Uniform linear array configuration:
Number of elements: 4
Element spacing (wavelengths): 0.25
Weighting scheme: hann
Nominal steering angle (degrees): -45
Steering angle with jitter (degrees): -43.64
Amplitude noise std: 0.05
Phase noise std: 0.05

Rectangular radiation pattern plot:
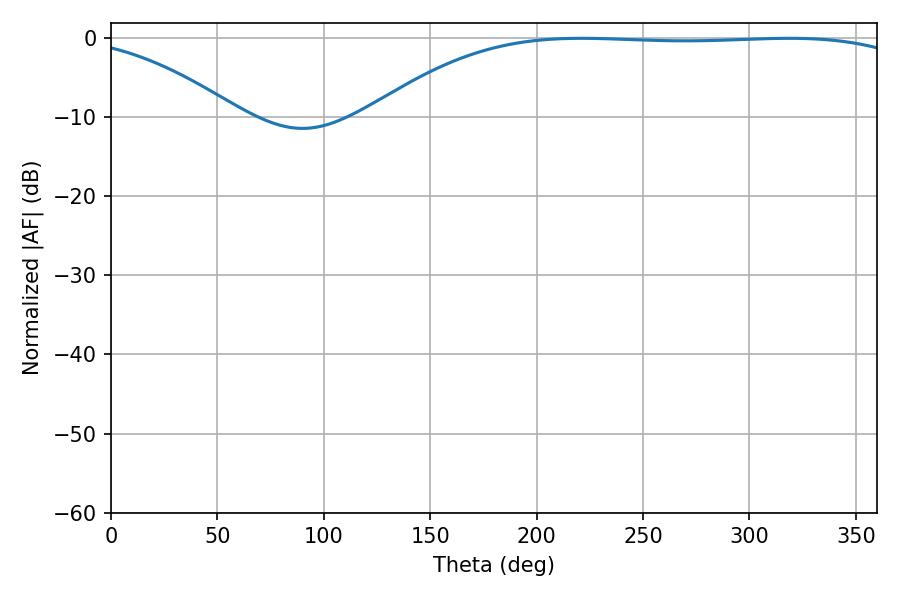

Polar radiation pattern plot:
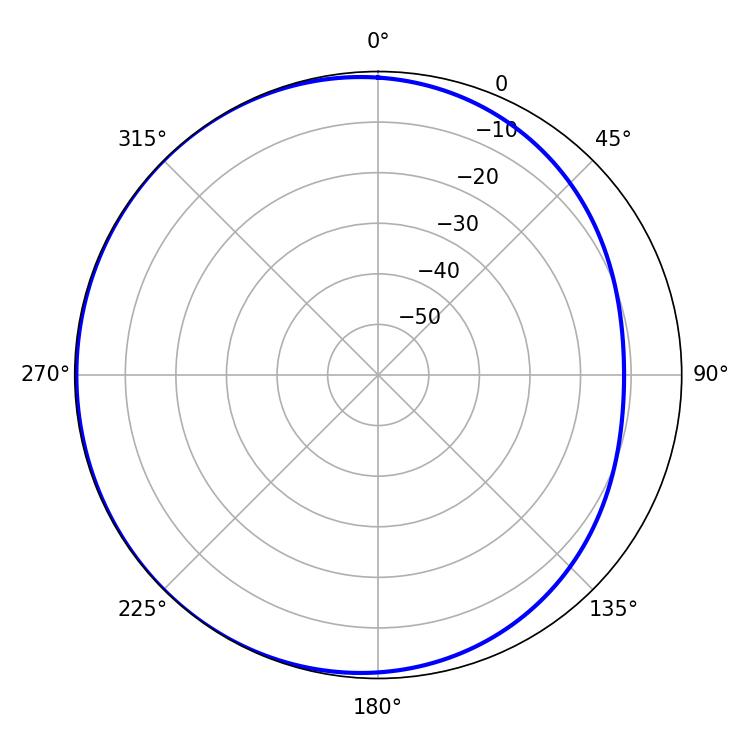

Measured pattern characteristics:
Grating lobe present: FALSE
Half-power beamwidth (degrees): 199.98
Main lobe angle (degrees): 221.04